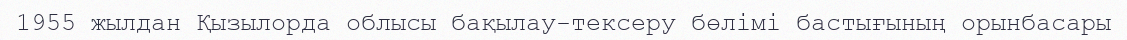
1955 жылдан Қызылорда облысы бақылау-тексеру бөлімі бастығының орынбасары